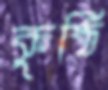
কুষ্ঠি